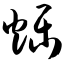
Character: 烁